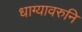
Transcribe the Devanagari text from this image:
धाग्यावरुनि